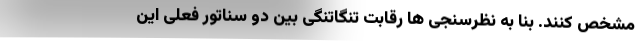
مشخص کنند. بنا به نظرسنجی ها رقابت تنگاتنگی بین دو سناتور فعلی این